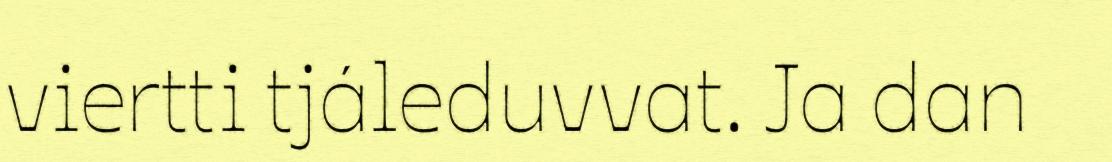
viertti tjáleduvvat. Ja dan